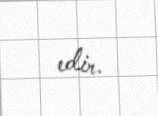
edir.